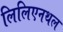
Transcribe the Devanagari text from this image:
लिलिएनथल